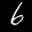
Label: 6